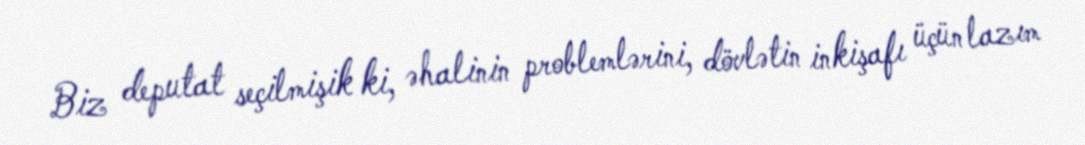
Biz deputat seçilmişik ki, əhalinin problemlərini, dövlətin inkişafı üçün lazım